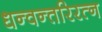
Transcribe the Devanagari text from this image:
धन्वन्तरिरत्न